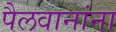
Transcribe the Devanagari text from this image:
पैलवानांना